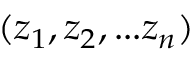
( z _ { 1 } , z _ { 2 } , . . . z _ { n } )